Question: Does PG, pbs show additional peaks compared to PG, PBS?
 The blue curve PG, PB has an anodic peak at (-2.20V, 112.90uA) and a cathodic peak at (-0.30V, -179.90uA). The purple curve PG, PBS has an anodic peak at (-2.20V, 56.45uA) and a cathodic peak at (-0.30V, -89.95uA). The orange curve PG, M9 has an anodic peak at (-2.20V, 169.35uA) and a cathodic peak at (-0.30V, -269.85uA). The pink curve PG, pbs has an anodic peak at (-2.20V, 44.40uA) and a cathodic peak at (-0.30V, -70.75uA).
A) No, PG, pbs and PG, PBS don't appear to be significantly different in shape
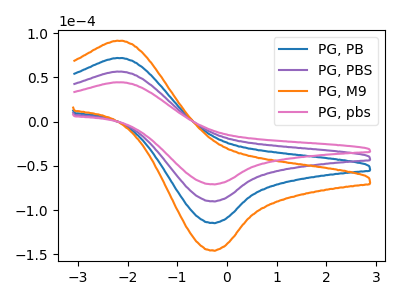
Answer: <think>All the peaks in "PG, pbs" have a peak in "PG, PBS" at the same potential. Every peak in "PG, pbs" is lower than every peak in "PG, PBS".
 </think>
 <answer>A) No, "PG, pbs" and "PG, PBS" don't appear to be significantly different in shape</answer>
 <eval>A</eval>